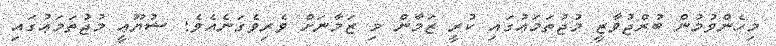
މިހެންވުމުން ބުރްޖުވާޒީ މުޖުތަމަޢުގައި ކުރީ ޒަމާން މި ޒަމާނަށް ވެރިވެގަނެއެވެ; ޝުޔޫޢީ މުޖުތަމަޢުގައި